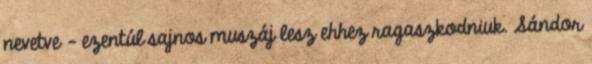
nevetve – ezentúl sajnos muszáj lesz ehhez ragaszkodniuk. Sándor